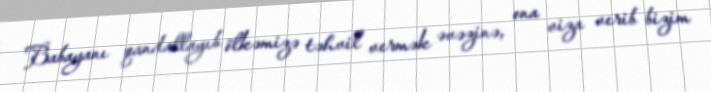
Babayanı qandallayıb ölkəmizə təhvil vermək əvəzinə, ona viza verib bizim